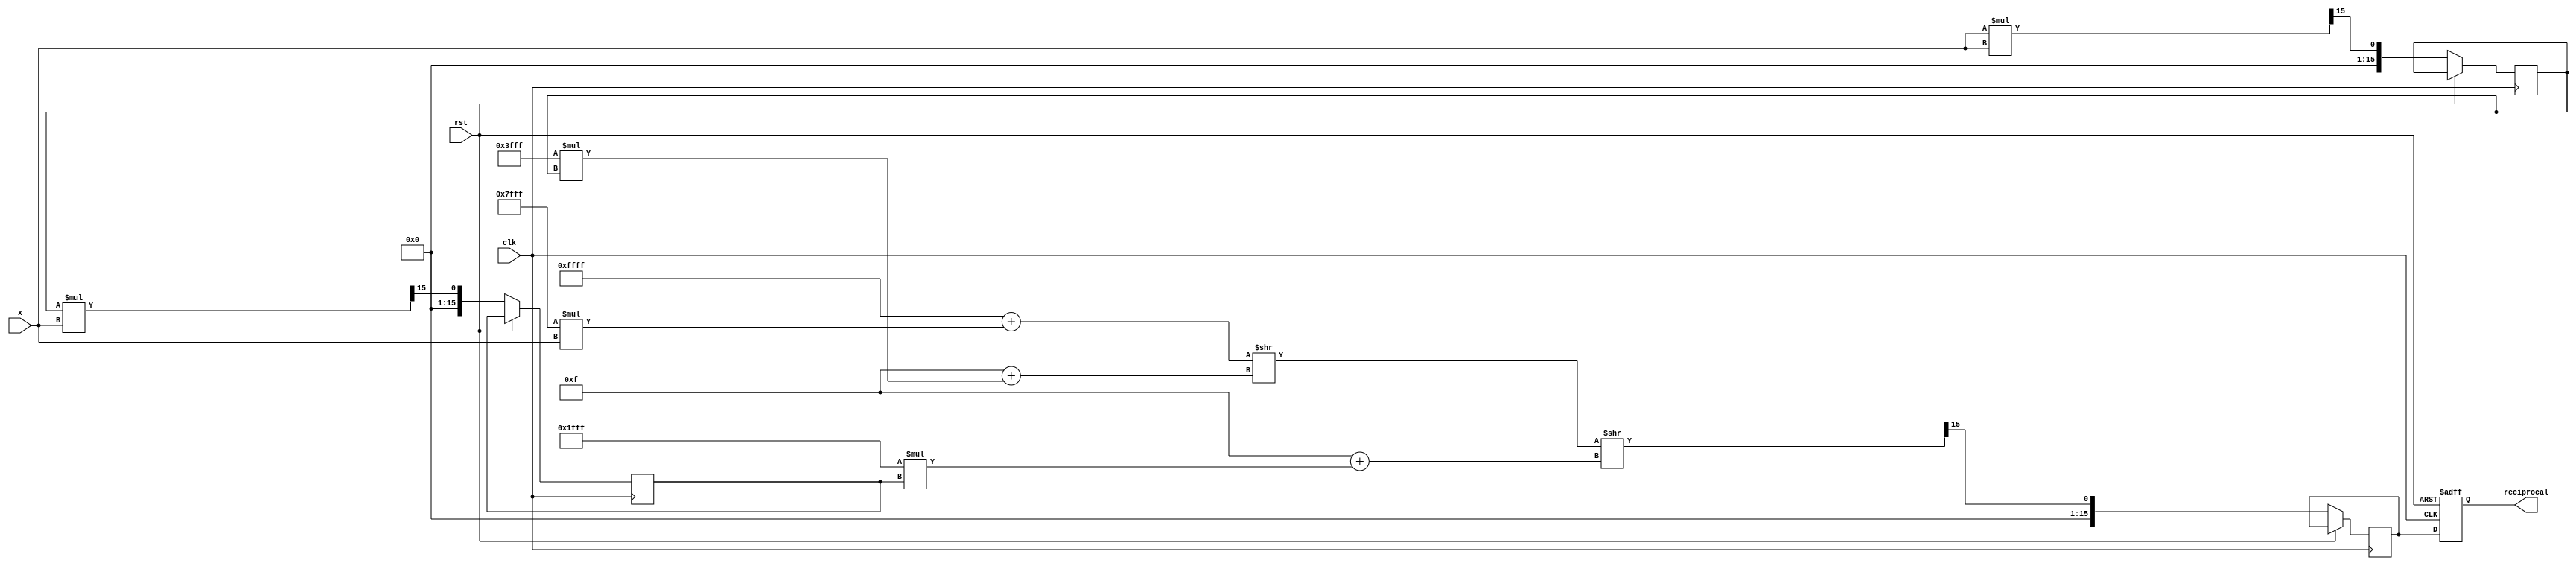
module poly_reciprocal (
    input wire [15:0] x,          // Input: Fixed-point number in range [0, 1]
    output reg [15:0] reciprocal,  // Output: Approximate reciprocal
    input wire clk,                // Clock signal
    input wire rst                 // Reset signal
);

    // Polynomial coefficients for P(x) = c0 + c1*x + c2*x^2 + c3*x^3
    parameter c0 = 16'hFFFF; // Coefficient for x^0
    parameter c1 = 16'h7FFF; // Coefficient for x^1
    parameter c2 = 16'h3FFF; // Coefficient for x^2
    parameter c3 = 16'h1FFF; // Coefficient for x^3

    reg [15:0] x_squared;      // x^2
    reg [15:0] x_cubed;        // x^3
    reg [15:0] poly_result;     // Result of polynomial evaluation

    always @(posedge clk or posedge rst) begin
        if (rst) begin
            reciprocal <= 16'h0000; // Reset output
        end else begin
            // Compute x^2 and x^3
            x_squared <= (x * x) >> 15; // Scale down to fit in 16 bits
            x_cubed <= (x_squared * x) >> 15; // Scale down to fit in 16 bits

            // Evaluate polynomial P(x) using Horner's method
            poly_result <= c0 + (c1 * x) >> 15 + (c2 * x_squared) >> 15 + (c3 * x_cubed) >> 15;

            // Assign the polynomial result to reciprocal
            reciprocal <= poly_result;
        end
    end

endmodule